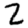
Digit: 2